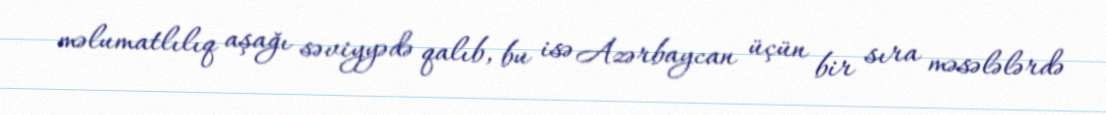
məlumatlılıq aşağı səviyyədə qalıb, bu isə Azərbaycan üçün bir sıra məsələlərdə